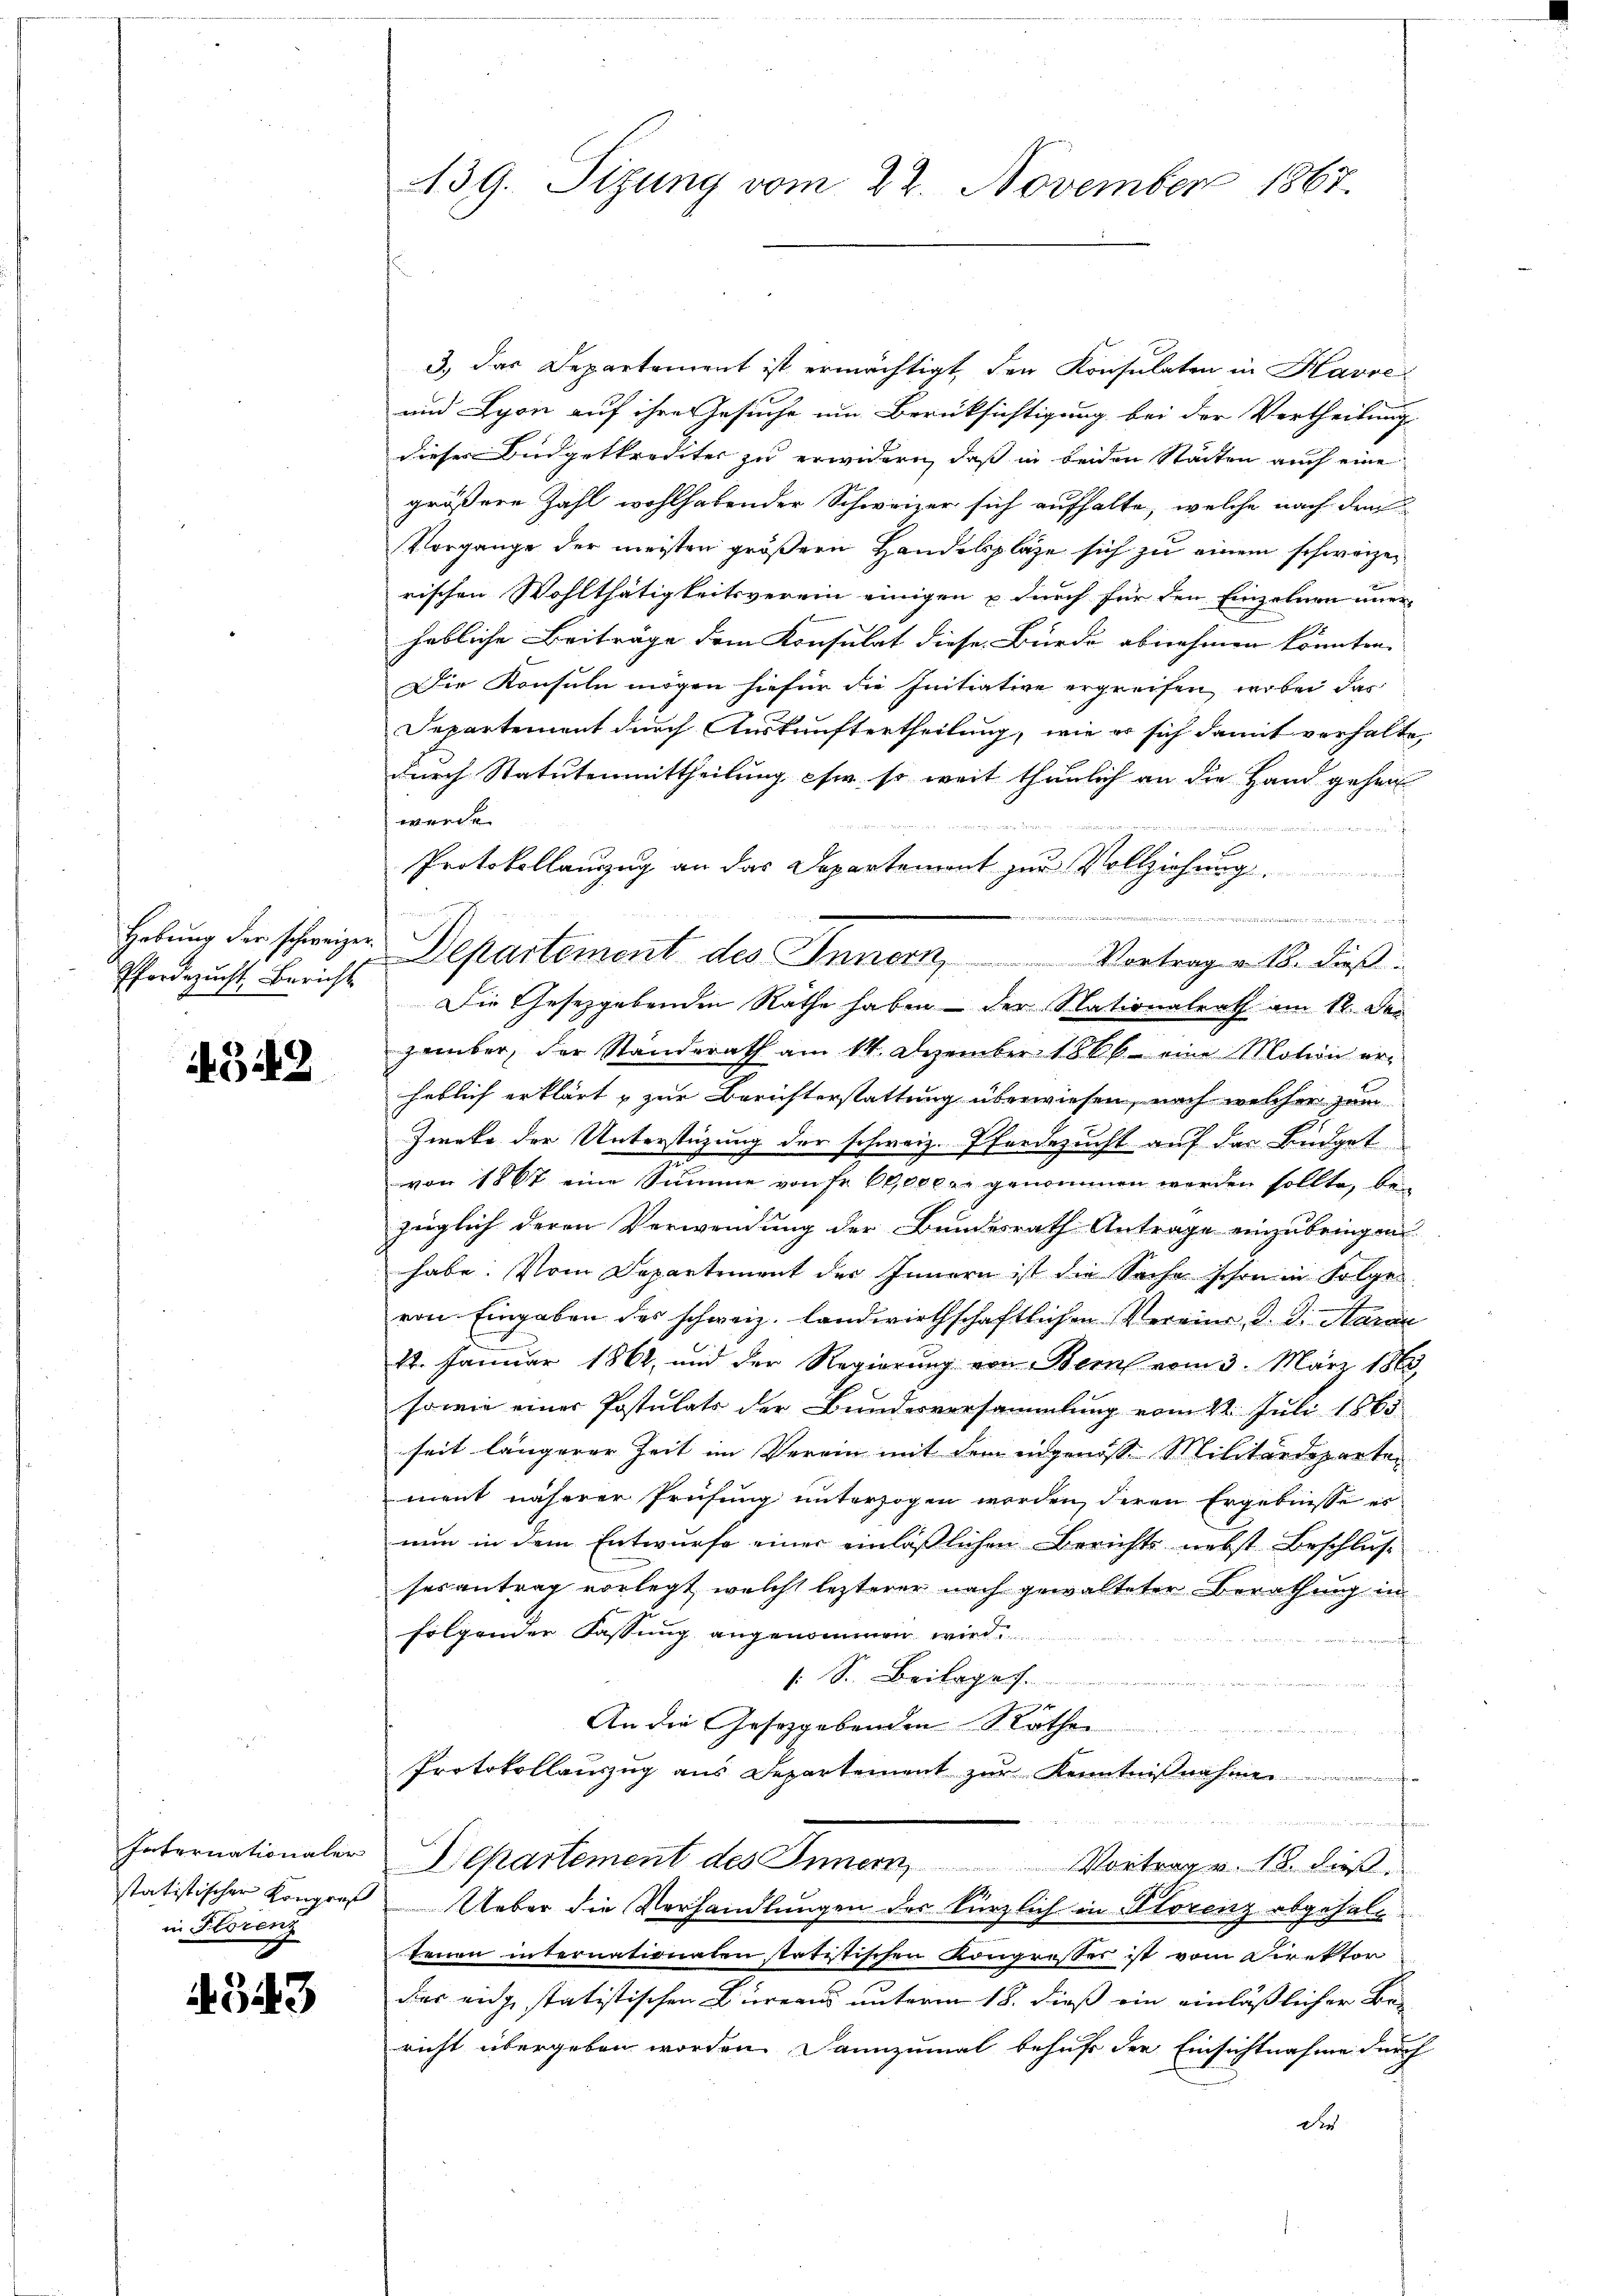
Hebung der schweizer
Pfordezucht Bericht

4342

in Florenz

4343

3.) Das Departement ist ermächtigt, den Konsulaten in Havre
und Lyon auf ihre Gesuche um Berücksichtigung bei der Vertheilung
dieser Budgetkrediter zu erwidern, daß in beiden Städten auch eine
größere Zahl wohlhabender Schweizer sich aufhalte, welche nach dem
Vorgange der meisten größern Handelsplaze sich zu einem schweizerischen Wohlthätigkeitsverein einigen u durch für den Einzelnen immer-
hebliche Beiträge dem Konsulat diese Bürde abnehmen könnten. |
Die Konsuln mögen hiefür die Initiative ergreifen, wobei das
Departement durch Auskunftertheilung, wie er sich damit verhalte,
durch Statutenmittheilung ihm so weit thunlich an die Hand gehen
wende

3

Protokollauszug an das Departement zur Vollziehung.
 . . . . . . .
Departement des Innern, Vortrag a. 15. dieß
Die Gesetzgebenden Rathe haben – der Nationalrath am 12. Der
zember, der Standsrath am 14. Dezember 1866 eine Motion erheblich erklärt & zur Berichterstattung überwiesen, nach welcher zum
Ziete der Unterstüzung der schweiz. Pferdezucht auf das Büdget
von 1867 eine Summe von Fr. 60000 er genommen werden sollte, bei
züglich deren Verwendung der Bundesrath Antrage einzubringen
habe. Vom Departement der Innern ist die Sache schon in Folgen
von Eingaben des schweiz. landwirthschaftlichen Vereine d. d. Aarau
12. Januar 1862, und der Regierung von Bern vom 3. März 1863
sowie einer Postulats der Bundesversammlung vom 22. Juli 1865
seit längerer Zeit im Verein mit dem ingenosse Militärdeparten
ment näherer Prüfung unterzogen worden, deren Ergebnisse es
nun in dem Entwurfe einer einläßlichen Berichts nebst Beschlus
sesantrag vorlegt, welcht lezterer nach gewalteter Berathung in
folgender Fassung angenommen wird.
s. S. Beilage
An die Gesetzgebenden Rathe
Protokollauszug aus Departement zur Kenntnißnahme

Internationaler Departement des Innern, Vortrag u. 18. dieß.
statistischer Kongreß Ueber die Verhandlungen des kürzlich in Klorenz abgehaltenen internationalen statistischen Kongresser ist vom Direktor
das eidge statistischen Bureaus unterm 18. dieß ein einläßlicher Bre
richt übergeben worden. Dannzumal behufe der Einsichtnahme durch
Die

139. Sizung vom 22. November 1867.